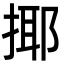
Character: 揶